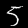
Digit: 5